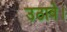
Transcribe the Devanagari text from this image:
उठावे।